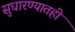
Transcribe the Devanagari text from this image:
सुधारण्यातही